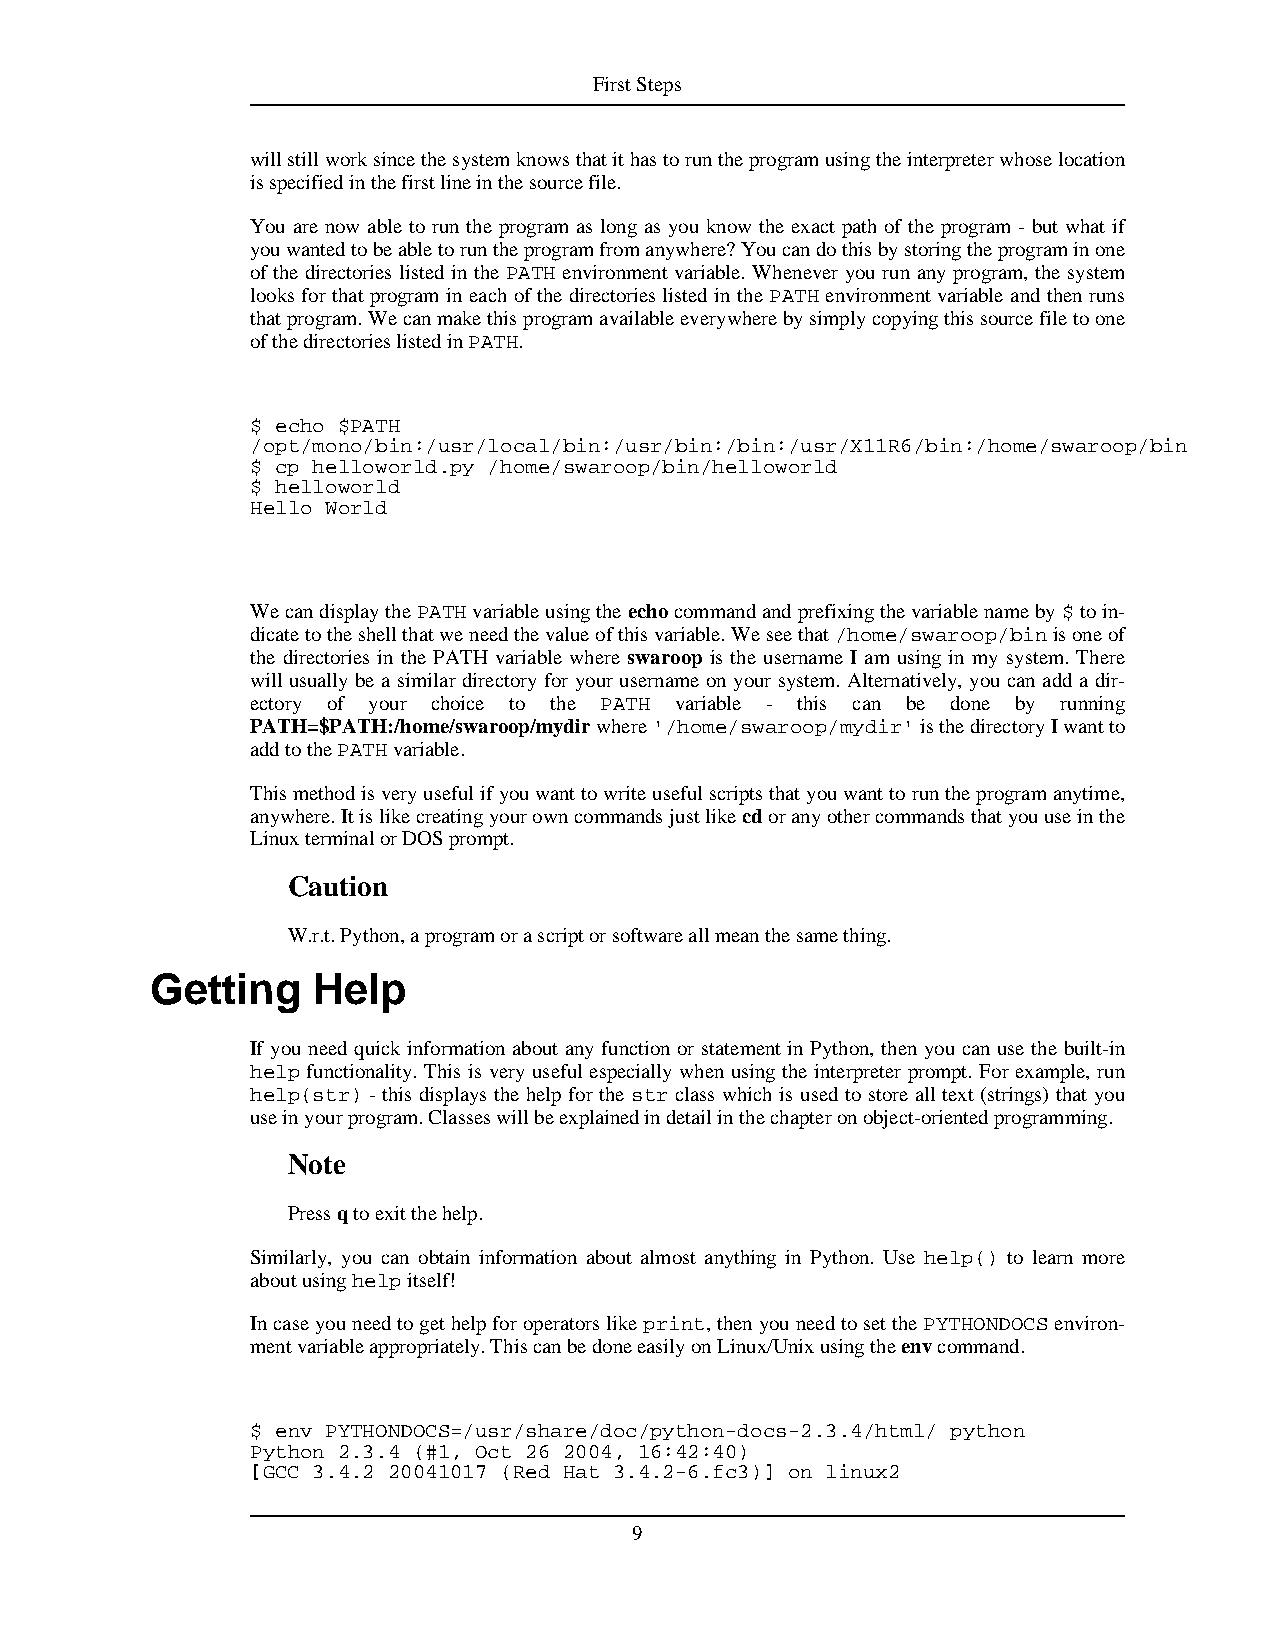
FirstSteps
 willstillworksincethesystemknowsthatithastoruntheprogramusingtheinterpreterwhoselocation
 isspecifiedinthefirstlineinthesourcefile.
 You are now able to run the program as long as you know the exact path of the program - but what if
 youwantedtobeabletoruntheprogramfromanywhere?Youcandothisbystoringtheprograminone
 of the directories listed in the PATH environment variable. Whenever you run any program, the system
 looks for that program in each of the directories listed in the PATH environment variable and then runs
 thatprogram.Wecanmakethisprogramavailableeverywherebysimplycopyingthissourcefiletoone
 ofthedirectorieslistedinPATH.
 $ echo $PATH
 /opt/mono/bin:/usr/local/bin:/usr/bin:/bin:/usr/X11R6/bin:/home/swaroop/bin
 $ cp helloworld.py /home/swaroop/bin/helloworld
 $ helloworld
 Hello World
 WecandisplaythePATHvariableusingtheechocommandandprefixingthevariablenameby$toin-
 dicatetotheshellthatweneedthevalueofthisvariable.Weseethat/home/swaroop/binisoneof
 the directories in the PATH variable where swaroop is the username I am using in my system. There
 will usually be a similar directory for your username on your system. Alternatively, you can add a dir-
 ectory of your choice to the PATH variable - this can be done by running
 PATH=$PATH:/home/swaroop/mydirwhere'/home/swaroop/mydir'isthedirectoryIwantto
 addtothePATHvariable.
 Thismethodisveryusefulifyouwanttowriteusefulscriptsthatyouwanttoruntheprogramanytime,
 anywhere.Itislikecreatingyourowncommandsjustlikecdoranyothercommandsthatyouuseinthe
 LinuxterminalorDOSprompt.
 Caution
 W.r.t.Python,aprogramorascriptorsoftwareallmeanthesamething.
 Getting    Help
 If you need quick information about any function or statement in Python, then you can use the built-in
 help functionality. This is very useful especially when using the interpreter prompt. For example, run
 help(str) - this displays the help for the str class which is used to store all text (strings) that you
 useinyourprogram.Classeswillbeexplainedindetailinthechapteronobject-orientedprogramming.
 Note
 Pressqtoexitthehelp.
 Similarly, you can obtain information about almost anything in Python. Use help() to learn more
 aboutusinghelpitself!
 Incaseyouneedtogethelpforoperatorslikeprint,thenyouneedtosetthePYTHONDOCSenviron-
 mentvariableappropriately.ThiscanbedoneeasilyonLinux/Unixusingtheenvcommand.
 $ env PYTHONDOCS=/usr/share/doc/python-docs-2.3.4/html/ python
 Python 2.3.4 (#1, Oct 26 2004, 16:42:40)
 [GCC 3.4.2 20041017 (Red Hat 3.4.2-6.fc3)] on linux2
 9